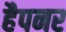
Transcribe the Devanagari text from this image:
हैपनर